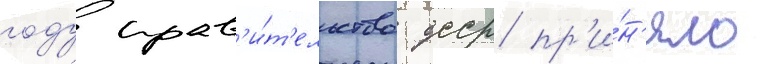
году прав'и́т'ельство ссср пр'и́н'яло